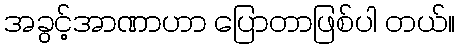
အခွင့်အာဏာဟာ ပြောတာဖြစ်ပါ တယ်။